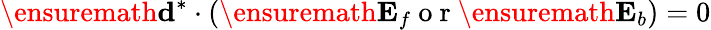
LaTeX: \ensuremath{\mathbf{d}}^{*}\cdot(\ensuremath{\mathbf{E}_{f}}\mathrm{~o~r~}\ensuremath{\mathbf{E}_{b}})=0